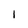
Character: l